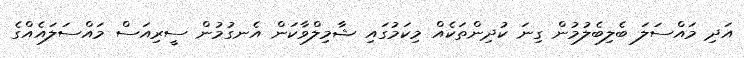
އަދި މައްސަލަ ބެލިބެލުމުން ގިނަ ކުދިންތަކެއް މިކަމުގައި ޝާމިލްވާކަން އެނގުމުން ސީރިއަސް މައްސަލައެއްގެ